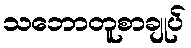
သဘောတူစာချုပ်